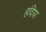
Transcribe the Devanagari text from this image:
हदिया